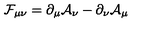
\mathcal { F } _ { \mu \nu } = \partial _ { \mu } \mathcal { A } _ { \nu } - \partial _ { \nu } \mathcal { A } _ { \mu }